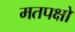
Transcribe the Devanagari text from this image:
मतपक्षों